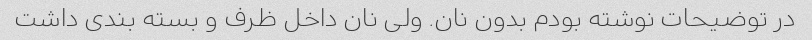
در توضیحات نوشته بودم بدون نان. ولی نان داخل ظرف و بسته بندی داشت